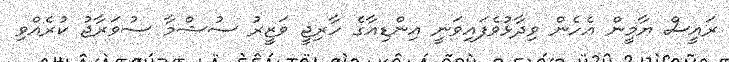
ރައީސް ޔާމީން އެހެން ވިދާޅުވެފައިވަނީ އިންޑިއާގެ ހާރިޖީ ވަޒީރު ސުޝްމާ ސުވަރާޖު ކުރެއްވި